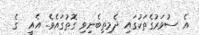
އެ ސުވަރުގެތަކުގައި ދެމިތިބެނިވި ގޮތުގައެވެ. އެއީ  ގެ